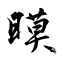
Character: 暯